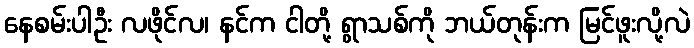
နေစမ်းပါဦး လဖိုင်လ၊ နင်က ငါတို့ ရွာသစ်ကို ဘယ်တုန်းက မြင်ဖူးလို့လဲ